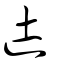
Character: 徒